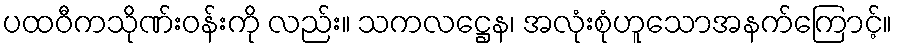
ပထဝီကသိုဏ်းဝန်းကို လည်း။ သကလဋ္ဌေန၊ အလုံးစုံဟူသောအနက်ကြောင့်။